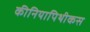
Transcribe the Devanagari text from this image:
कीनियापिथीकस